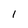
Character: 1